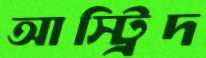
আস্ট্রিদ